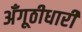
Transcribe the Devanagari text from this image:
अँगूठीधारी